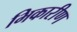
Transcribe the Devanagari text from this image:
भिकारीण